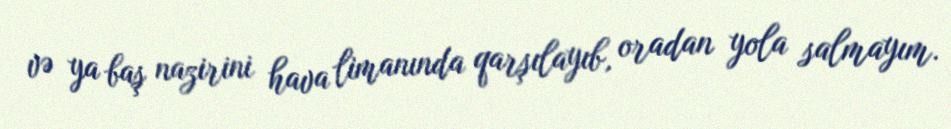
və ya baş nazirini hava limanında qarşılayıb, oradan yola salmayım.